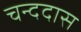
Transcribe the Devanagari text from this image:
चन्ददास